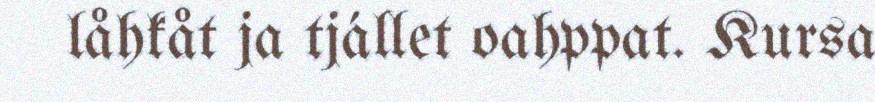
låhkåt ja tjállet oahppat. Kursa